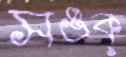
সঙক্